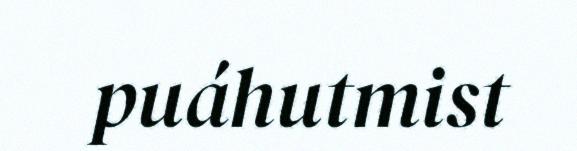
puáhutmist